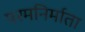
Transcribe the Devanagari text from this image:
परमनिर्माता